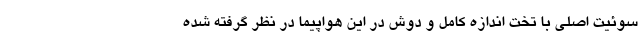
سوئیت اصلی با تخت اندازه کامل و دوش در این هواپیما در نظر گرفته شده